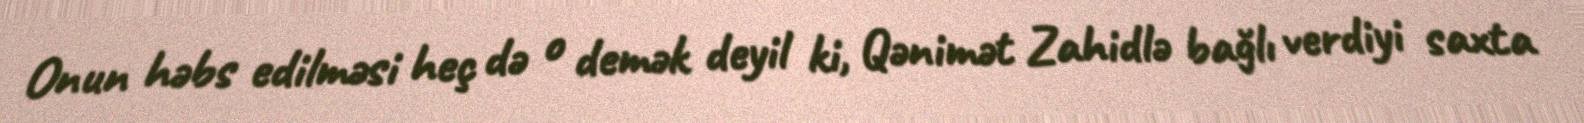
Onun həbs edilməsi heç də o demək deyil ki, Qənimət Zahidlə bağlı verdiyi saxta